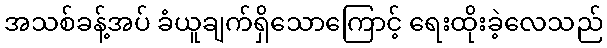
အသစ်ခန့်အပ် ခံယူချက်ရှိသောကြောင့် ရေးထိုးခဲ့လေသည်